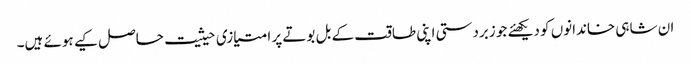
ان شاہی خاندانوں کو دیکھئے جو زبردستی اپنی طاقت کے بل بوتے پر امتیازی حیثیت حاصل کیے ہوئے ہیں۔